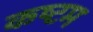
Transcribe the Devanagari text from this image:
कष्टम